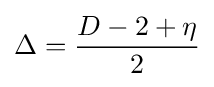
\Delta ={\frac {D-2+\eta }{2}}